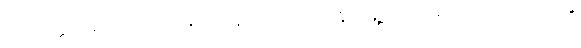
ဝိတက္ကော၊ သည်။ လဟုပရိကပ္ပနတာယ၊ လျင်စွာရွှေ့ပြောင်း၍ ကြံတတ်သည်၏